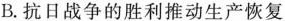
B.抗日战争的胜利推动生产恢复